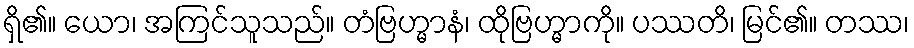
ရှိ၏။ ယော၊ အကြင်သူသည်။ တံဗြဟ္မာနံ၊ ထိုဗြဟ္မာကို။ ပဿတိ၊ မြင်၏။ တဿ၊